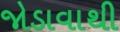
જોડાવાથી